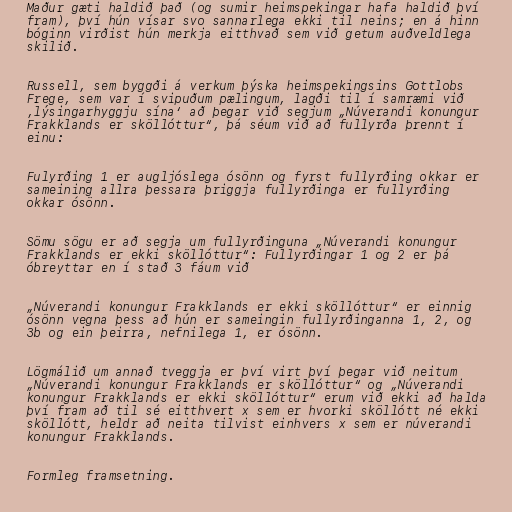
Maður gæti haldið það (og sumir heimspekingar hafa haldið því
fram), því hún vísar svo sannarlega ekki til neins; en á hinn
bóginn virðist hún merkja eitthvað sem við getum auðveldlega
skilið.

Russell, sem byggði á verkum þýska heimspekingsins Gottlobs
Frege, sem var í svipuðum pælingum, lagði til í samræmi við
‚lýsingarhyggju sína‘ að þegar við segjum „Núverandi konungur
Frakklands er sköllóttur“, þá séum við að fullyrða þrennt í
einu:

Fulyrðing 1 er augljóslega ósönn og fyrst fullyrðing okkar er
sameining allra þessara þriggja fullyrðinga er fullyrðing
okkar ósönn.

Sömu sögu er að segja um fullyrðinguna „Núverandi konungur
Frakklands er ekki sköllóttur“: Fullyrðingar 1 og 2 er þá
óbreyttar en í stað 3 fáum við

„Núverandi konungur Frakklands er ekki sköllóttur“ er einnig
ósönn vegna þess að hún er sameingin fullyrðinganna 1, 2, og
3b og ein þeirra, nefnilega 1, er ósönn.

Lögmálið um annað tveggja er því virt því þegar við neitum
„Núverandi konungur Frakklands er sköllóttur“ og „Núverandi
konungur Frakklands er ekki sköllóttur“ erum við ekki að halda
því fram að til sé eitthvert x sem er hvorki sköllótt né ekki
sköllótt, heldr að neita tilvist einhvers x sem er núverandi
konungur Frakklands.

Formleg framsetning.